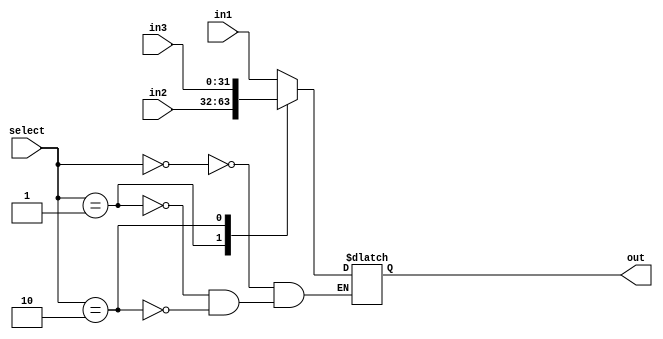
module mux3x1(
    input [31:0]in1,
    input [31:0]in2,
    input [31:0]in3,
    input [1:0]select,
    output reg [31:0] out
);

always @(*) begin
    case (select)
        2'b00:begin
            out<=in1;
        end
        2'b01:begin
            out<=in2;
        end
        2'b10:begin
            out<=in3;
        end
    endcase
end
    
endmodule